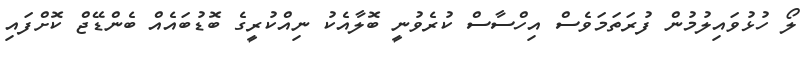
ލޯ ހުޅުވައިލުމުން ފުރަތަމަވެސް އިހްސާސް ކުރެވުނީ ބޮލާއެކު ނިއްކުރީގެ ބޮޑުބައެއް ބެންޑޭޖް ކޮށްފައި